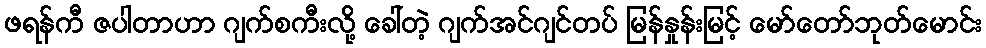
ဖရန်ကီ ဇပါတာဟာ ဂျက်စကီးလို့ ခေါ်တဲ့ ဂျက်အင်ဂျင်တပ် မြန်နှုန်းမြင့် မော်တော်ဘုတ်မောင်း